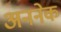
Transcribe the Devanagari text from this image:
अननेक